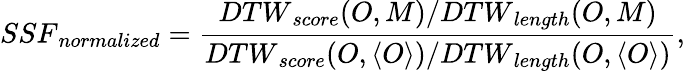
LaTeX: {SSF}_{normalized}=\frac{{DTW}_{score}(O,M)/{DTW}_{length}(O,M)}{{DTW}_{score}({O,\langle O\rangle})/{DTW}_{length}({O,\langle O\rangle})},